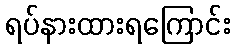
ရပ်နားထားရကြောင်း